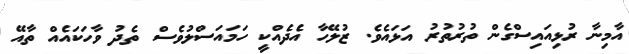
އާމިނާ ރުޅިއައިސްގެން ތުރުތުރު އަޅައެވެ. ޒުލޭހާ އެދެއްކީ ހަމައަސްލުވެސް ތެދު ވާހަކައެއް ތާއޭ